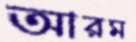
আরম